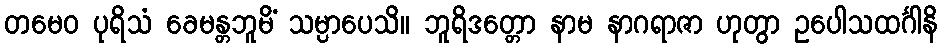
တမေဝ ပုရိသံ ခေမန္တဘူမိံ သမ္ပာပေသိ။ ဘူရိဒတ္တော နာမ နာဂရာဇာ ဟုတွာ ဥပေါသထင်္ဂါနိ